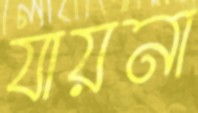
যায়না